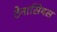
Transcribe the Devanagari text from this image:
टेनासियस